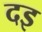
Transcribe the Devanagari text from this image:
दइ